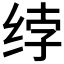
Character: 𰬘